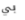
بي